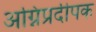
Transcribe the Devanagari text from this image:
अग्निप्रदीपक